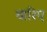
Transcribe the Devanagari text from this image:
वारिए